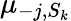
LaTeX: \mu_{-j,S_{k}}